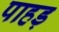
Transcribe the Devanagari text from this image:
पाहड़